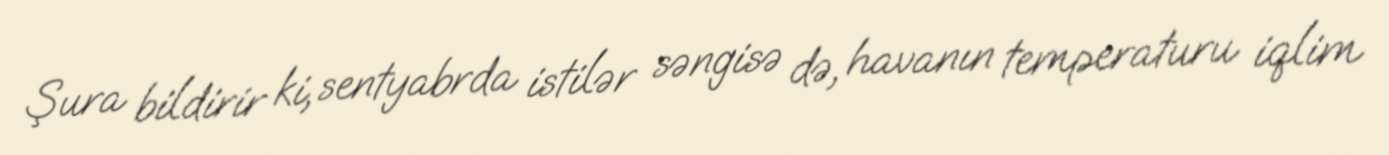
Şura bildirir ki, sentyabrda istilər səngisə də, havanın temperaturu iqlim